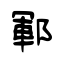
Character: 鄆